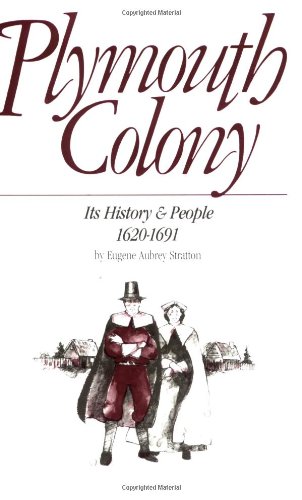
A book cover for Plymouth Colony: Its History & People, 1620-1691; Eugene Aubrey Stratton; History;